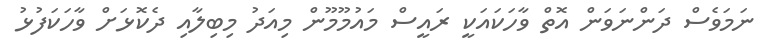
ނަމަވެސް ދަންނަވަން އޮތް ވާހަކައަކީ ރައީސް މައުމޫމޫން މިއަދު މިބިލާއި ދެކޮޅަށް ވާހަކަފުޅު